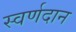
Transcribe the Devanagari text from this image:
स्वर्णदान